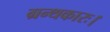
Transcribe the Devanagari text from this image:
ग्रन्थकारः।